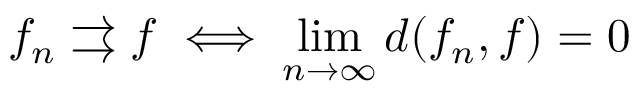
f _ { n } \rightrightarrows f \iff \operatorname* { l i m } _ { n \to \infty } d ( f _ { n } , f ) = 0